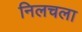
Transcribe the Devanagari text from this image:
निलचला